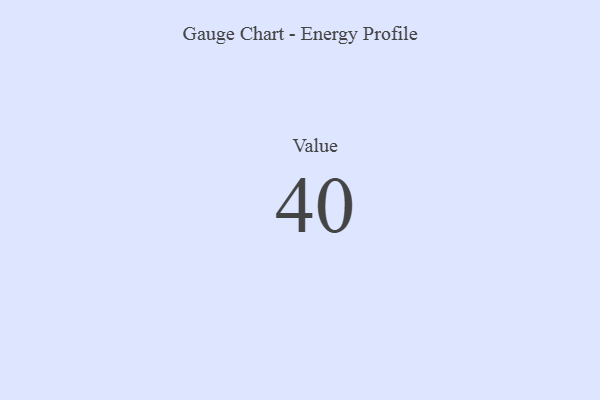
{"axis": {"x": "Metric", "y": "Value"}, "legend": [""], "data": [{"x": "Value", "y": 40, "type": ""}]}